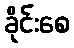
ခိုင်းစေ